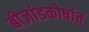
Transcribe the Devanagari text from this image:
बीजांडकोषांत